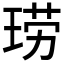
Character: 𫞧